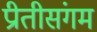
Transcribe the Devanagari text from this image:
प्रीतीसंगम